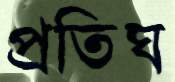
প্রতিঘ